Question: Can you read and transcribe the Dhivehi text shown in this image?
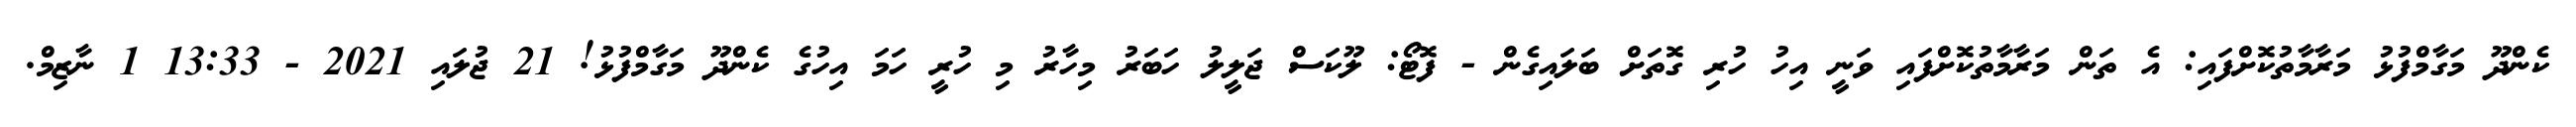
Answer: ކެންދޫ މަގާމްފުޅު މަރާމާތުކޮށްފައި: އެ ތަން މަރާމާތުކޮށްފައި ވަނީ އިހު ހުރި ގޮތަށް ބަލައިގެން - ފޮޓޯ: ލޫކަސް ޖަލީލު ހަބަރު މިހާރު މި ހުރީ ހަމަ އިހުގެ ކެންދޫ މަގާމްފުޅު! 21 ޖުލައި 2021 - 13:33 1 ނާޒިމް.